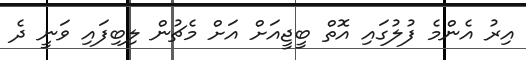
އިރު އެންމެ ފުލުގައި އޮތް ބީޖީއަށް އަށް މެޗުން ލިބިފައި ވަނީ ދެ